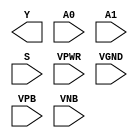
module sky130_fd_sc_ls__mux2i (
    Y   ,
    A0  ,
    A1  ,
    S   ,
    VPWR,
    VGND,
    VPB ,
    VNB
);

    output Y   ;
    input  A0  ;
    input  A1  ;
    input  S   ;
    input  VPWR;
    input  VGND;
    input  VPB ;
    input  VNB ;
endmodule